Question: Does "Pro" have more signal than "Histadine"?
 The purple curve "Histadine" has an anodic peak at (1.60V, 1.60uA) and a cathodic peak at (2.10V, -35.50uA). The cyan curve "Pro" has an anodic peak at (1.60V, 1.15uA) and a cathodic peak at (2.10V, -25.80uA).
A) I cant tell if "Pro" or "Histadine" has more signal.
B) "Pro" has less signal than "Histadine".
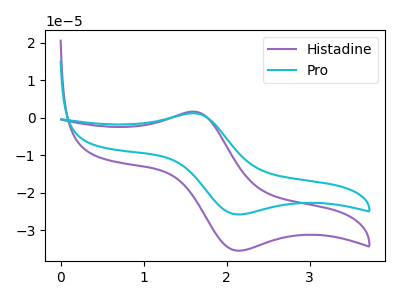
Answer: <think>All the peaks in "Pro" have a peak in "Histadine" at the same potential. Every peak in "Pro" is lower than every peak in "Histadine".
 </think>
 <answer>B) "Pro" has less signal than "Histadine".</answer>
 <eval>B</eval>